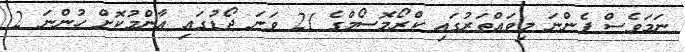
ނަމަވެސް ފެންނަ މިވައްތަރުގައި ކްރޯމޮސޯމްގެ 21 ވަނަ ޖޯޑުގައި އާންމުކޮށް ހުންނަ 2